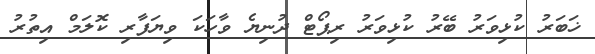
ޚަބަރު ކުޅިވަރު ބޭރު ކުޅިވަރު ރިޕޯޓް ދުނިޔެ ވާހަކަ ވިޔަފާރި ކޮލަމް އިތުރު